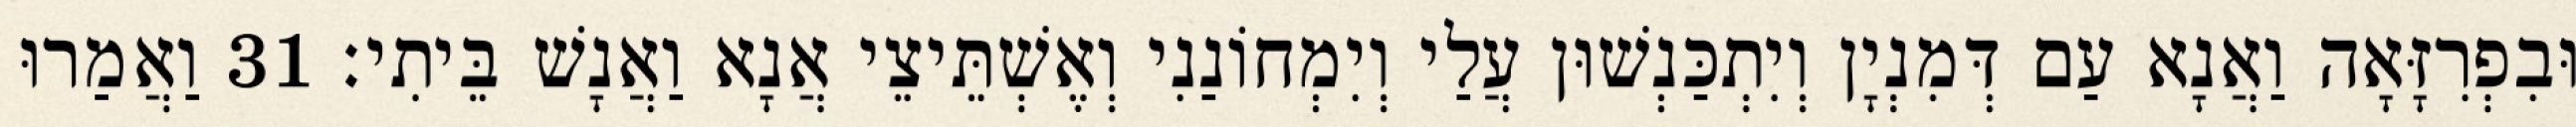
וּבִפְרִזָּאָה וַאֲנָא עַם דְּמִנְיָן וְיִתְכַּנְשׁוּן עֲלַי וְיִמְחוֹנַנִי וְאֶשְׁתֵּיצֵי אֲנָא וַאֲנָשׁ בֵּיתִי׃ 31 וַאֲמַרוּ